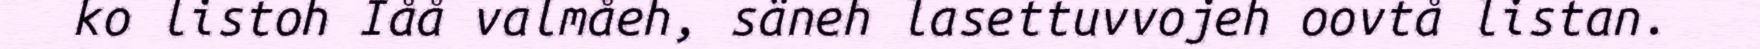
ko listoh Iåå valmåeh, säneh lasettuvvojeh oovtå listan.